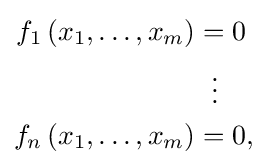
{\begin{aligned}f_{1}\left(x_{1},\ldots ,x_{m}\right)&=0\\&\;\;\vdots \\f_{n}\left(x_{1},\ldots ,x_{m}\right)&=0,\end{aligned}}